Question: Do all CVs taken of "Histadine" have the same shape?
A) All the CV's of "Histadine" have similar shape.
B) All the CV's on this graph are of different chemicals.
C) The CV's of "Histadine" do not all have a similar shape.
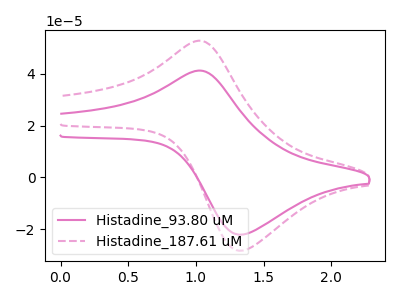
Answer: <think>The pink curve "Histadine_93.80 uM" has an anodic peak at (1.00V, 41.20uA) and a cathodic peak at (1.35V, -22.05uA). The pink dashed curve "Histadine_187.61 uM" has an anodic peak at (1.00V, 52.70uA) and a cathodic peak at (1.35V, -28.25uA).
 All the peaks in "Histadine_93.80 uM" have a peak in "Histadine_187.61 uM" at the same potential. Every peak in "Histadine_93.80 uM" is lower than every peak in "Histadine_187.61 uM".</think>
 <answer>A) All the CV's of "Histadine" have similar shape.</answer>
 <eval>A</eval>